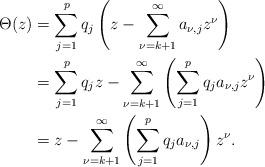
LaTeX: \begin{align*}\Theta(z) &=\sum_{j=1}^{p} q_{j}\left( z-\sum_{\nu=k+1}^{\infty} a_{\nu,j} z^{\nu}\right)\\&=\sum_{j=1}^{p} q_{j} z -\sum_{\nu=k+1}^{\infty}\left( \sum_{j=1}^{p} q_{j} a_{\nu,j} z^{\nu}\right)\\&=z -\sum_{\nu=k+1}^{\infty} \left( \sum_{j=1}^{p} q_{j}a_{\nu,j} \right)z^{\nu}.\end{align*}